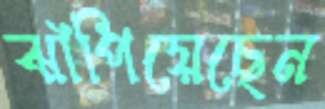
ঝাঁপিয়েছেন